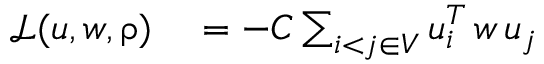
\begin{array} { r l } { \mathcal { L } ( u , w , \uprho ) } & { { } = - C \sum _ { i < j \in V } u _ { i } ^ { T } \, w \, u _ { j } } \end{array}